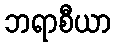
ဘရာစီယာ